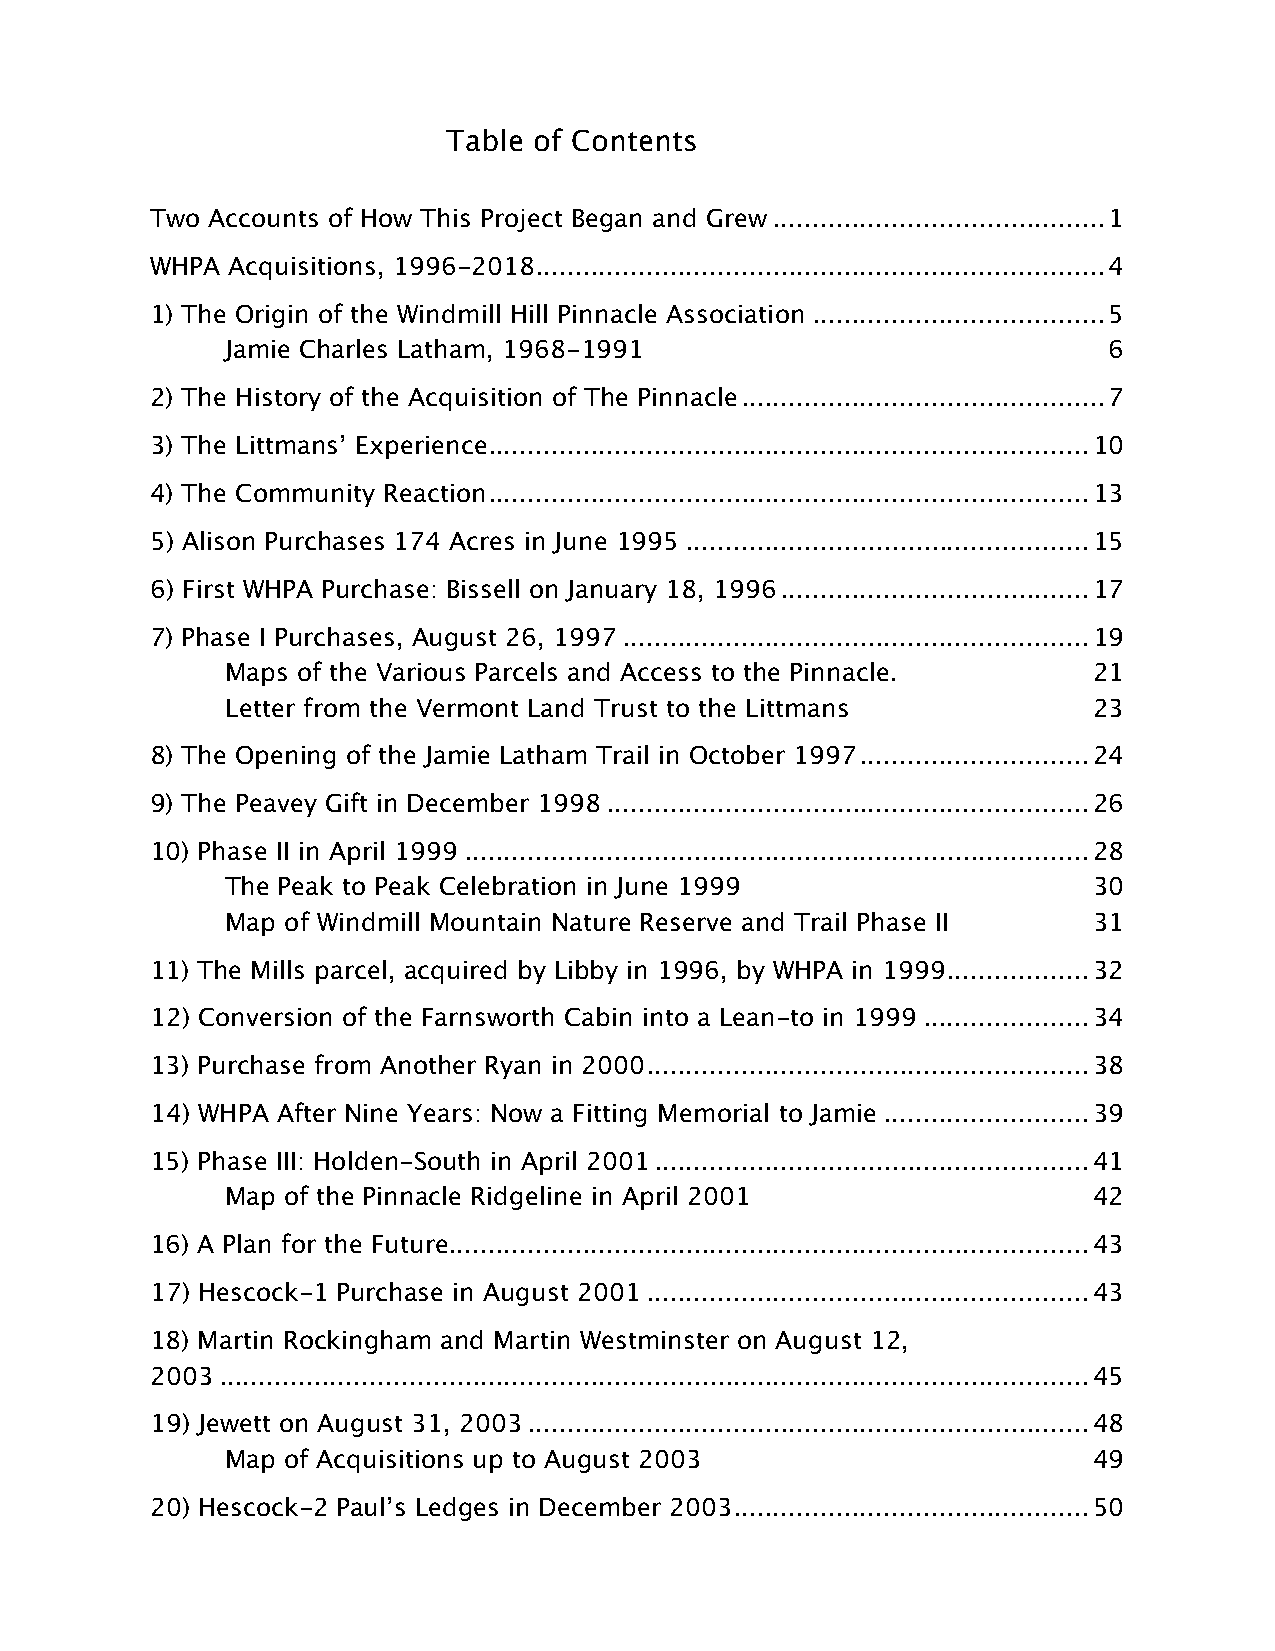
Table of Contents
 Two Accounts of How This Project Began and Grew .......................................... 1
 WHPA Acquisitions, 1996-2018 ........................................................................ 4
 1) The Origin of the Windmill Hill Pinnacle Association ..................................... 5
 Jamie Charles Latham, 1968-1991                           6
 2) The History of the Acquisition of The Pinnacle .............................................. 7
 3) The Littmans’ Experience ............................................................................ 10
 4) The Community Reaction ............................................................................ 13
 5) Alison Purchases 174 Acres in June 1995 ................................................... 15
 6) First WHPA Purchase: Bissell on January 18, 1996 ....................................... 17
 7) Phase I Purchases, August 26, 1997 ........................................................... 19
 Maps of the Various Parcels and Access to the Pinnacle.  21
 Letter from the Vermont Land Trust to the Littmans       23
 8) The Opening of the Jamie Latham Trail in October 1997 ............................. 24
 9) The Peavey Gift in December 1998 ............................................................. 26
 10) Phase II in April 1999 ............................................................................... 28
 The Peak to Peak Celebration in June 1999                30
 Map of Windmill Mountain Nature Reserve and Trail Phase II 31
 11) The Mills parcel, acquired by Libby in 1996, by WHPA in 1999 .................. 32
 12) Conversion of the Farnsworth Cabin into a Lean-to in 1999 ..................... 34
 13) Purchase from Another Ryan in 2000 ........................................................ 38
 14) WHPA After Nine Years: Now a Fitting Memorial to Jamie .......................... 39
 15) Phase III: Holden-South in April 2001 ....................................................... 41
 Map of the Pinnacle Ridgeline in April 2001              42
 16) A Plan for the Future ................................................................................. 43
 17) Hescock-1 Purchase in August 2001 ........................................................ 43
 18) Martin Rockingham and Martin Westminster on August 12,
 2003 .............................................................................................................. 45
 19) Jewett on August 31, 2003 ....................................................................... 48
 Map of Acquisitions up to August 2003                    49
 20) Hescock-2 Paul’s Ledges in December 2003 ............................................. 50